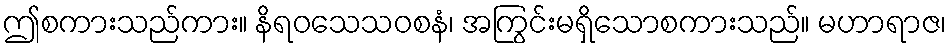
ဤစကားသည်ကား။ နိရဝသေသဝစနံ၊ အကြွင်းမရှိသောစကားသည်။ မဟာရာဇ၊